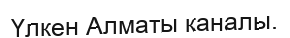
Үлкен Алматы каналы.